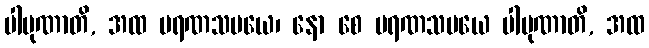
ပါပုဏာတိ, အထ မရဏသမယေ၊ နော စေ မရဏသမယေ ပါပုဏာတိ, အထ